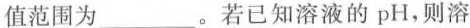
值范围为___。若已知溶液的pH，则溶